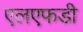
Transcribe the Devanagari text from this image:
एलएफडी